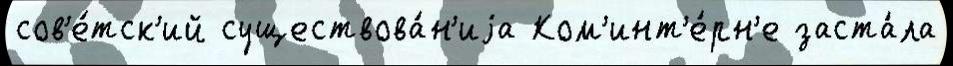
сов'е́тск'ий существова́н'иjа Ком'инт'е́рн'е заста́ла